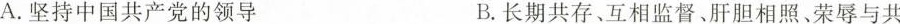
A.坚持中国共产党的领导 B.长期共存、互相监督、肝胆相照、荣辱与共